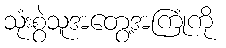
သုံးစွဲသူအတွေ့အကြုံကို